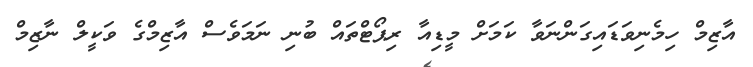
އާޒިމް ހިމެނިވަޑައިގަންނަވާ ކަމަށް މީޑިއާ ރިޕޯޓްތައް ބުނި ނަމަވެސް އާޒިމްގެ ވަކީލް ނާޒިމް